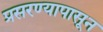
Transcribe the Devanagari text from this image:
प्रसरण्यापासून